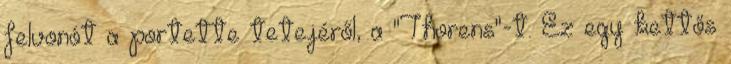
felvonót a portette tetejéről, a "Thorens"-t. Ez egy kettős